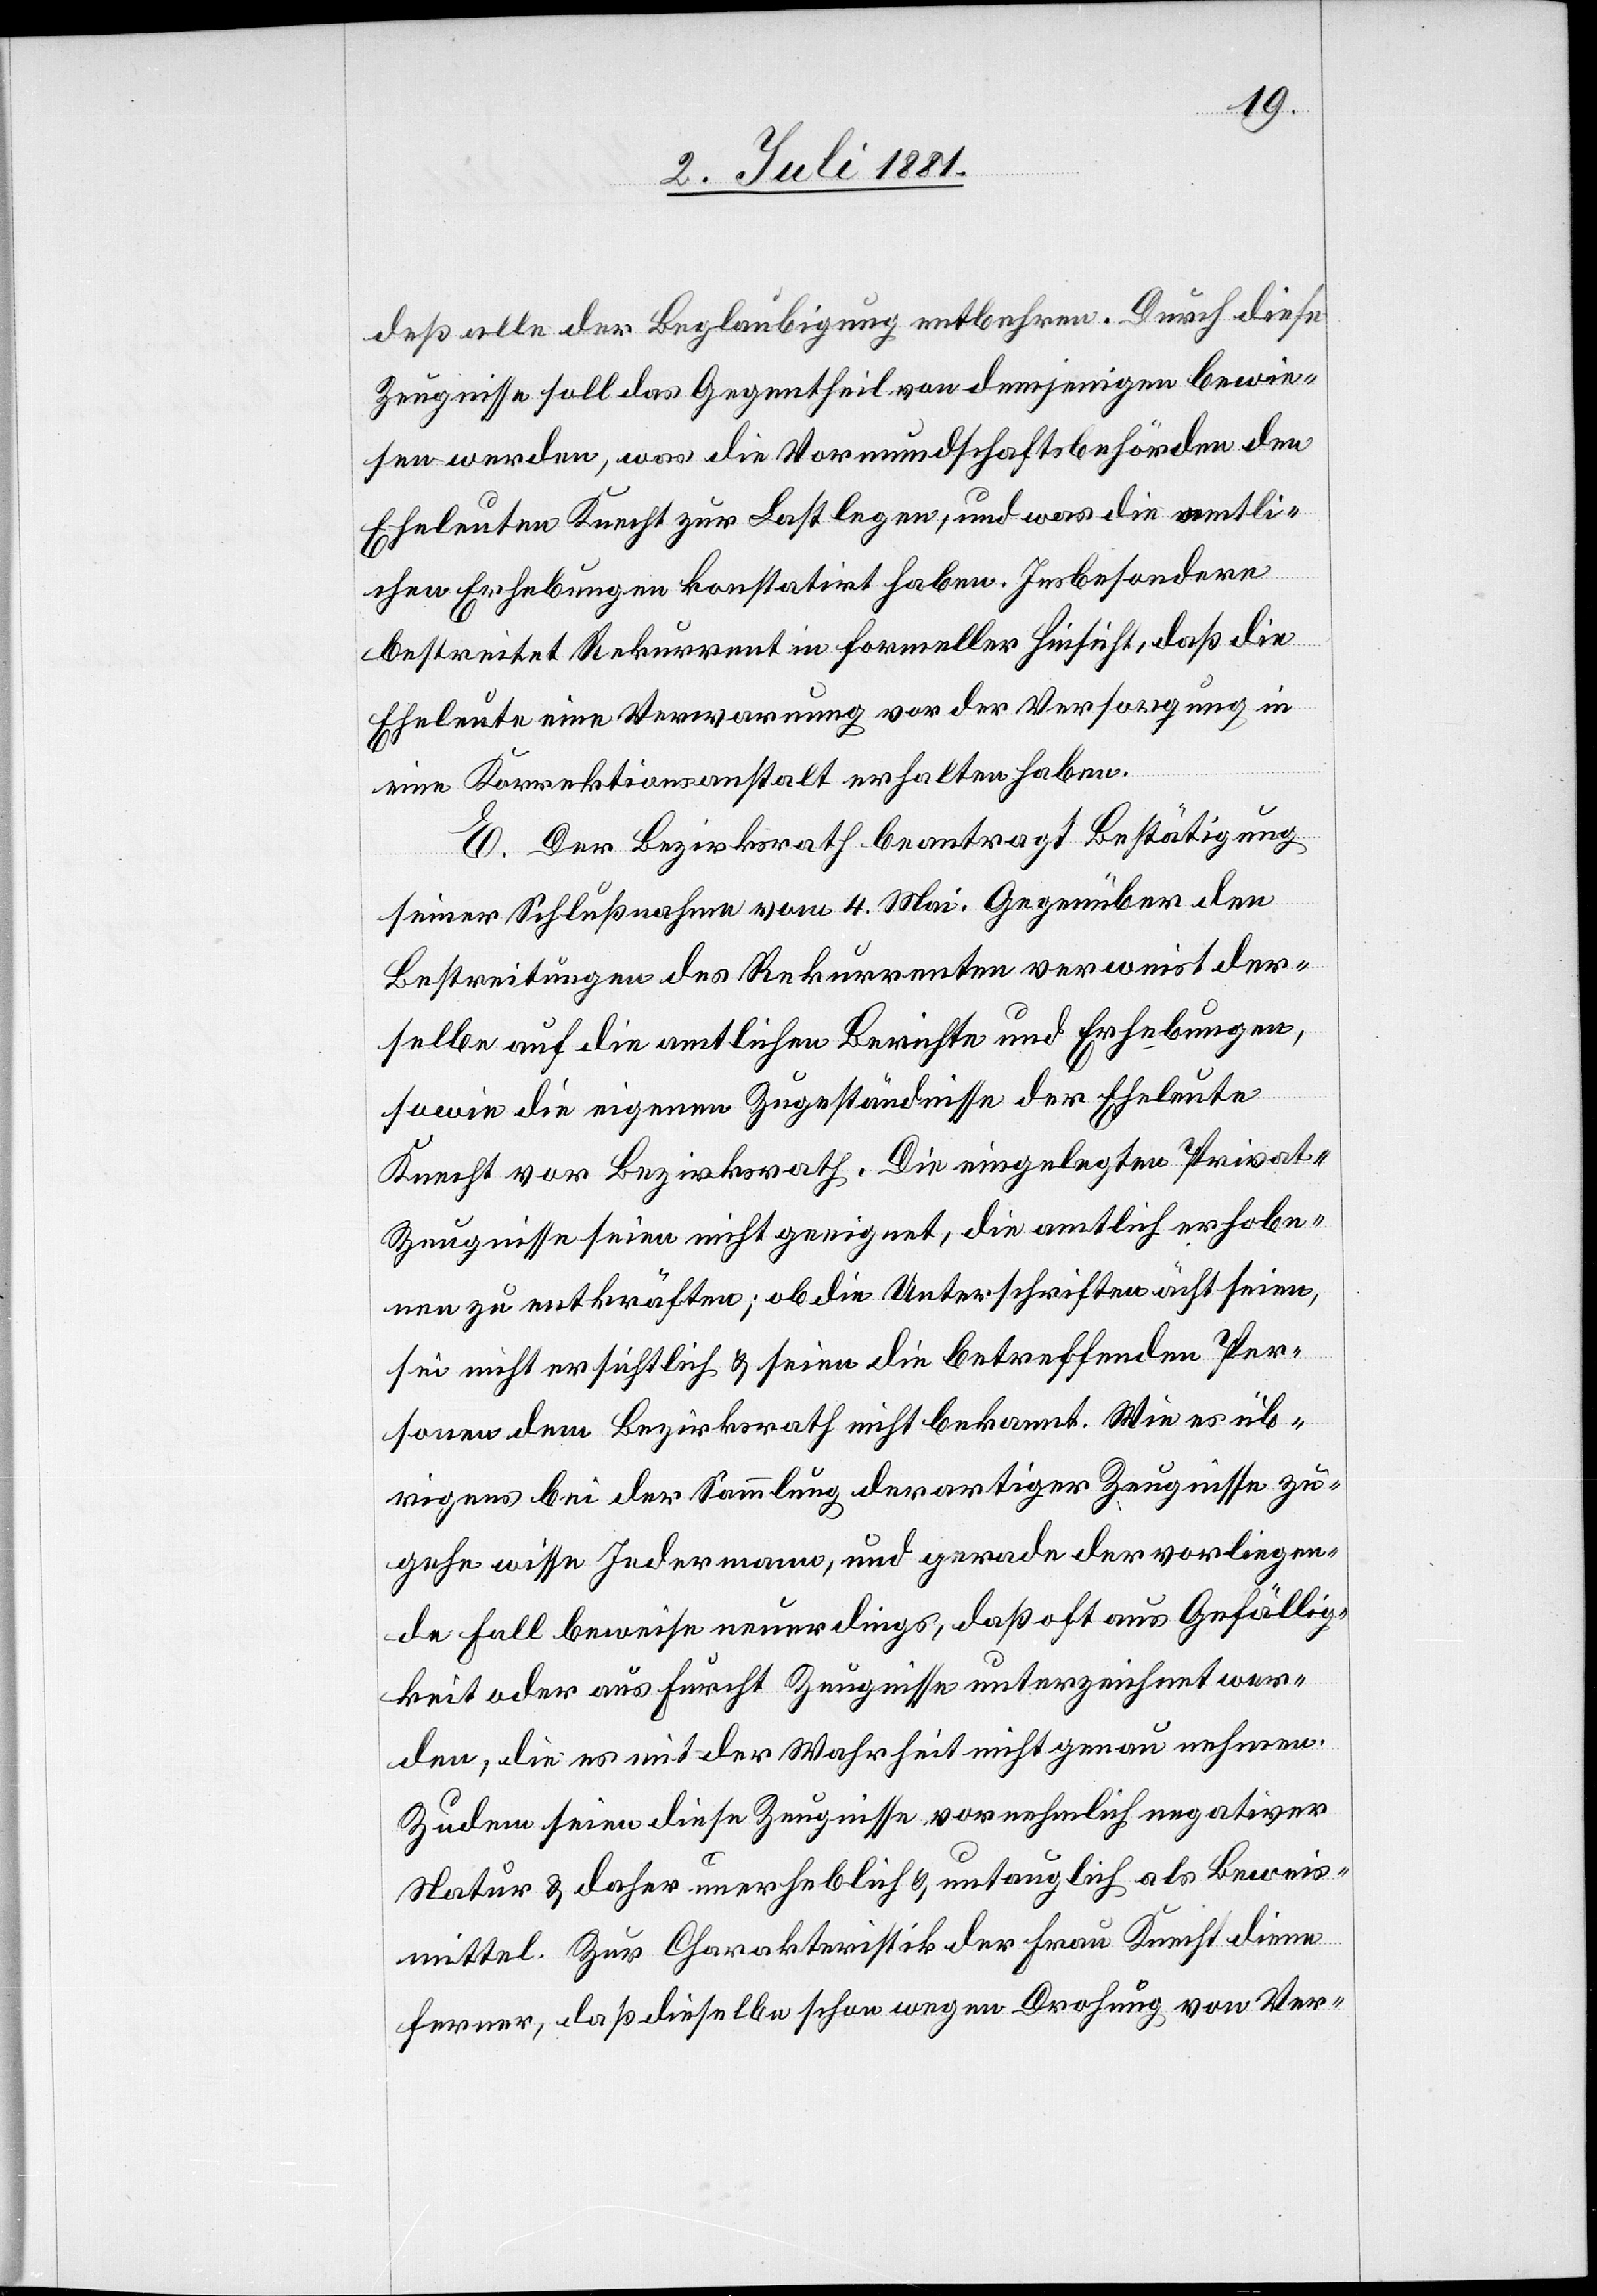
deß alle der Beglaubigung entbehren. Durch diese
Zeugnisse soll das Gegentheil von demjenigen bewie¬
sen werden, was die Vormundschaftsbehörden den
Eheleuten Knecht zur Last legen, und was die amtli¬
chen Erhebungen konstatirt haben. Insbesondere
bestreitet Rekurrent in formeller Hinsicht, daß die
Eheleute eine Verwarnung vor der Versorgung in
eine Korrektionsanstalt erhalten haben.
E. Der Bezirksrath beantragt Bestätigung
seiner Schlußnahme vom 4. Mai. Gegenüber den
Bestreitungen des Rekurrenten verweist der¬
selbe auf die amtlichen Berichte und Erhebungen,
sowie die eigenen Zugeständnisse der Eheleute
Knecht vor Bezirksrath. Die eingelegten Privat-Z¬
eugnisse seien nicht geeignet, die amtlich erhobe¬
nen zu entkräften; ob die Unterschriften ächt seien,
sei nicht ersichtlich & seien die betreffenden Per¬
sonen dem Bezirksrath nicht bekannt. Wie es üb¬
rigens bei der Sammlung derartiger Zeugnisse zu¬
gehe wisse Jedermann, und gerade der vorliegen¬
de Fall beweise neuerdings, daß oft aus Gefällig¬
keit oder aus Furcht Zeugnisse unterzeichnet wer¬
den, die es mit der Wahrheit nicht genau nehmen.
Zudem seien diese Zeugnisse vornehmlich negativer
Natur & daher unerheblich & untauglich als Beweis¬
mittel. Zur Charakteristik der Frau Knecht diene
ferner, daß dieselbe schon wegen Drohung von Ver-